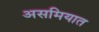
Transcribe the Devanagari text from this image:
असमियात